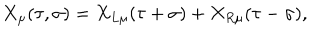
LaTeX: X _ { \mu } ( \tau , \sigma ) = X _ { L \mu } ( \tau + \sigma ) + X _ { R \mu } ( \tau - \sigma ) ,